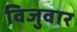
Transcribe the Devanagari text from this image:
विजुवार